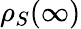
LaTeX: \rho_{S}(\infty)